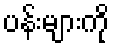
ပန်းများကို